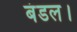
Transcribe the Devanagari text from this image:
बंडल।